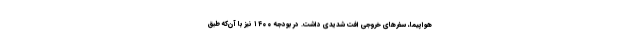
هواپیما، سفرهای خروجی افت شدیدی داشت. در بودجه ۱۴۰۰ نیز با آن‌که طبق